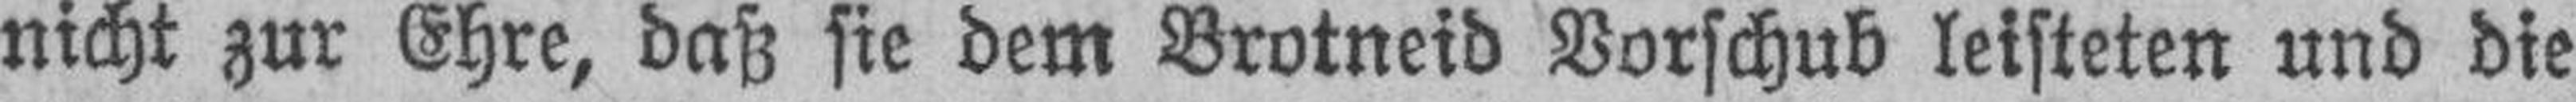
nicht zur Ehre, daß sie dem Brotneid Vorschub leisteten und die